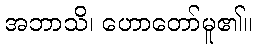
အဘာသိ၊ ဟောတော်မူ၏။